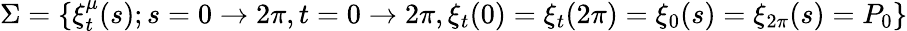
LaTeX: \Sigma=\{ \xi_{t}^{\mu}(s);s=0\rightarrow 2\pi,t=0\rightarrow 2\pi,\xi_{t}(0)=\xi_{t}(2\pi)=\xi_{0}(s)=\xi_{2\pi}(s)=P_{0}\}